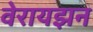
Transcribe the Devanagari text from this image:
वेरायझन